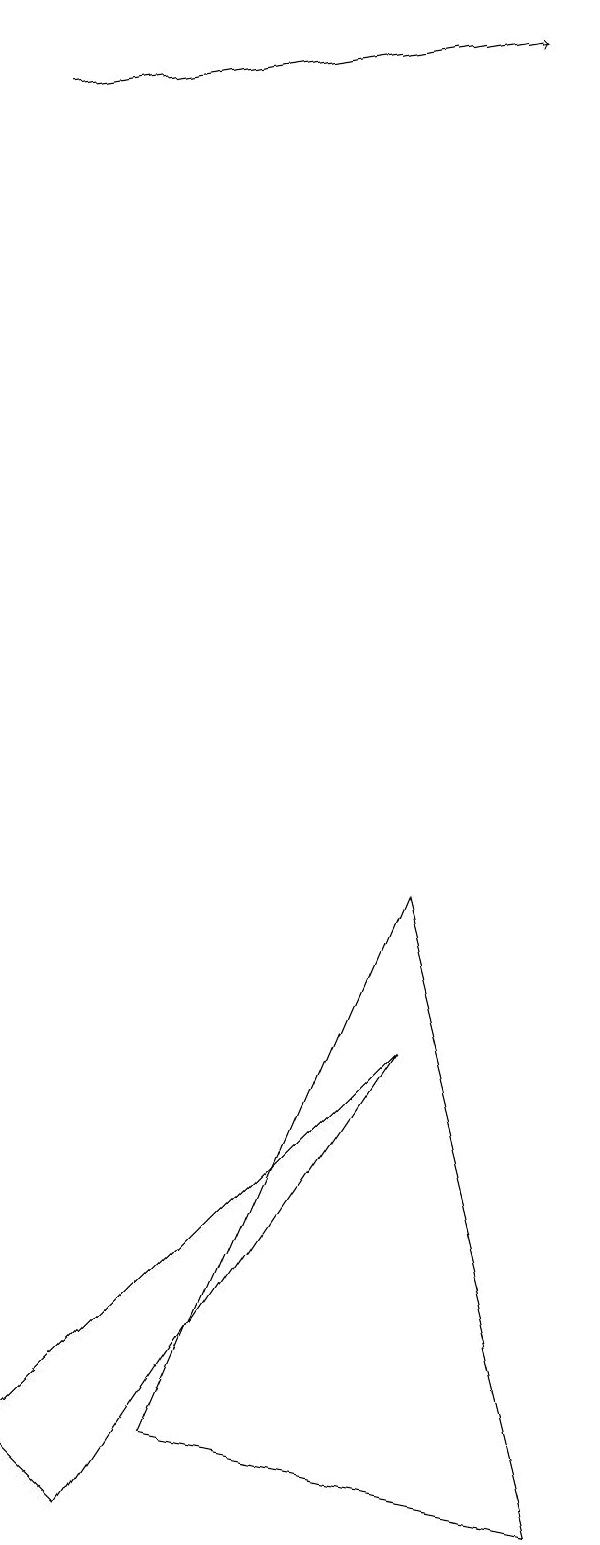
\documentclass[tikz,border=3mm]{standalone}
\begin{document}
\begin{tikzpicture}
\draw (2,0) -- (6,6) -- (1,1) -- cycle;
\draw (6,8) -- (8,0) -- (3,1) -- cycle;
\draw[->] (1,18) -- (7,19);
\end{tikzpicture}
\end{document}